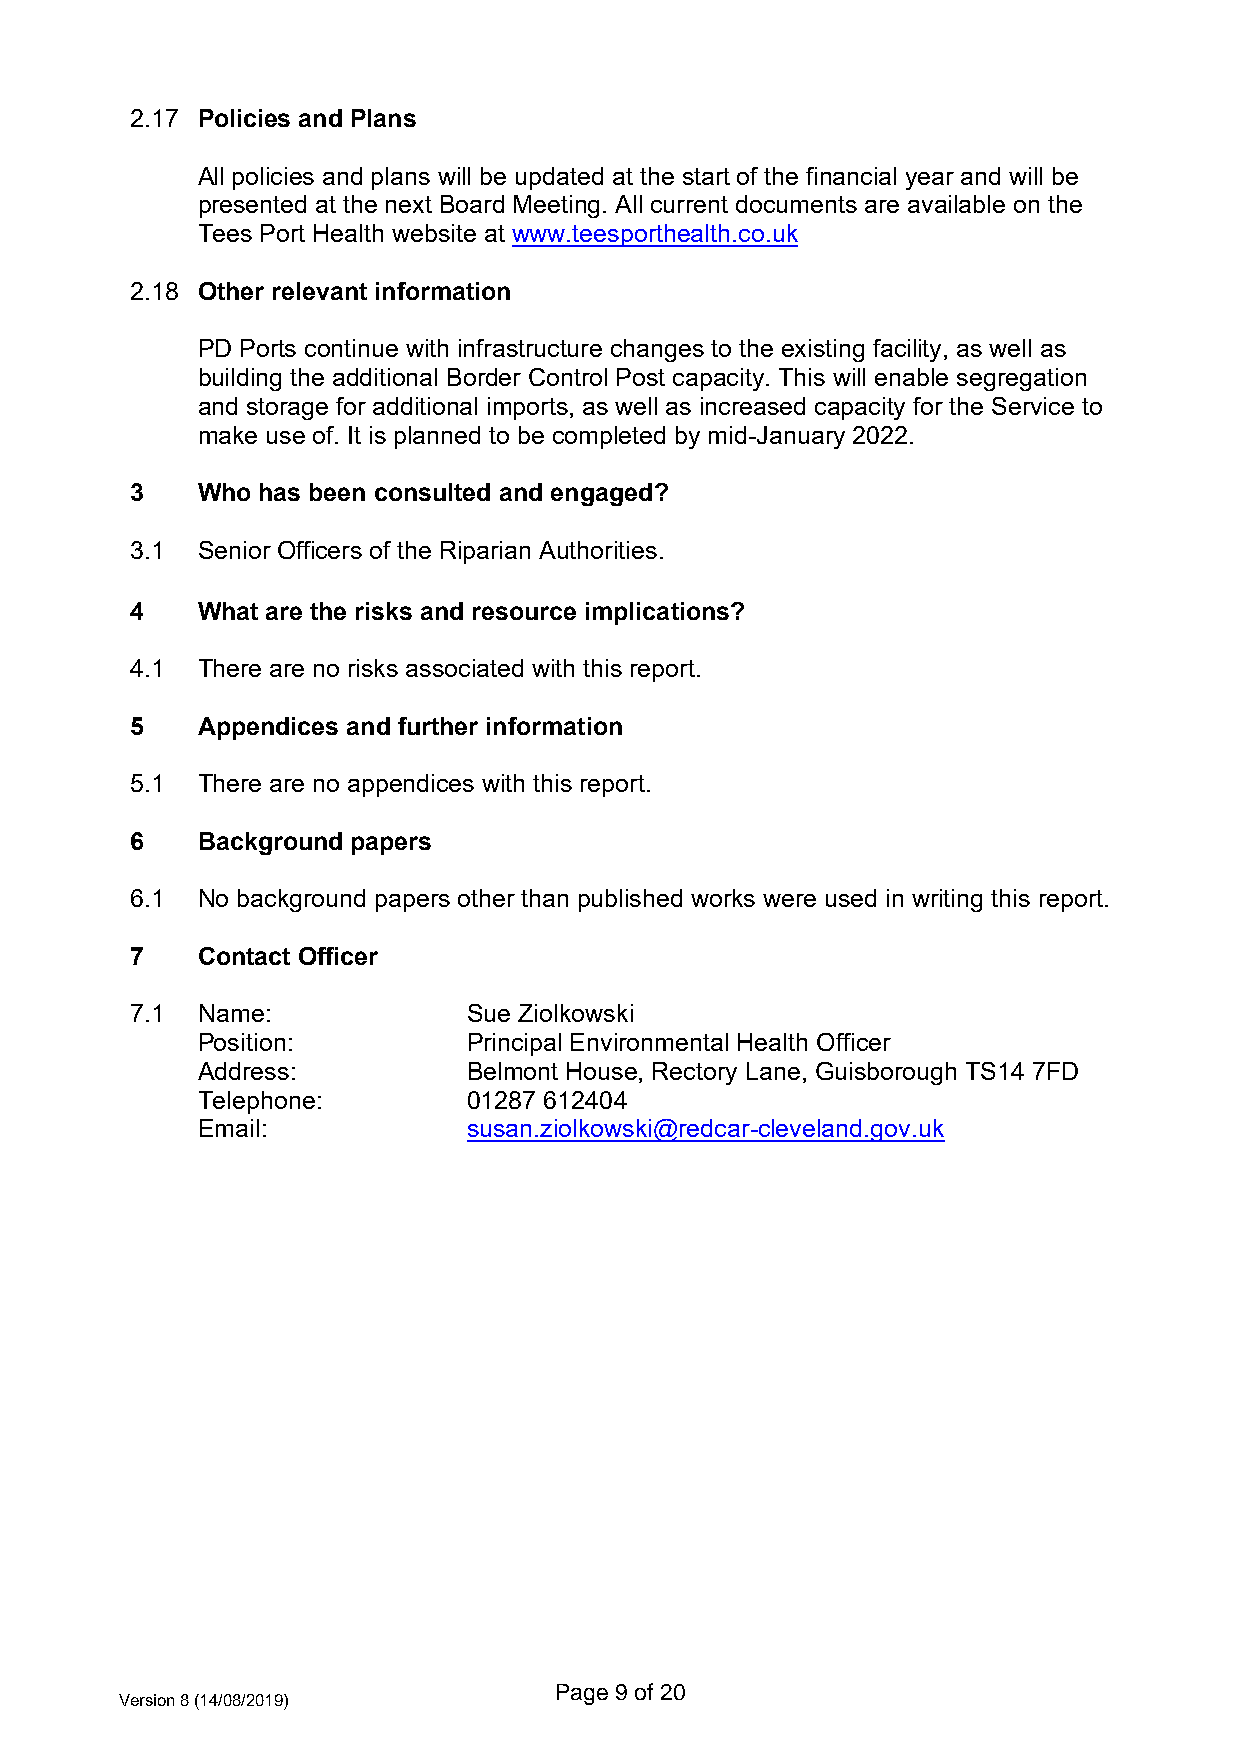
2.17 Policies and Plans
 All policies and plans will be updated at the start of the financial year and will be
 presented at the next Board Meeting. All current documents are available on the
 Tees Port Health website at www.teesporthealth.co.uk
 2.18 Other relevant information
 PD Ports continue with infrastructure changes to the existing facility, as well as
 building the additional Border Control Post capacity. This will enable segregation
 and storage for additional imports, as well as increased capacity for the Service to
 make use of. It is planned to be completed by mid-January 2022.
 3   Who has been consulted and engaged?
 3.1 Senior Officers of the Riparian Authorities.
 4   What are the risks and resource implications?
 4.1 There are no risks associated with this report.
 5   Appendices and further information
 5.1 There are no appendices with this report.
 6   Background papers
 6.1 No background papers other than published works were used in writing this report.
 7   Contact Officer
 7.1 Name:             Sue Ziolkowski
 Position:         Principal Environmental Health Officer
 Address:          Belmont House, Rectory Lane, Guisborough TS14 7FD
 Telephone:        01287 612404
 Email:            susan.ziolkowski@redcar-cleveland.gov.uk
 Page 9 of 20
 Version 8 (14/08/2019)